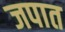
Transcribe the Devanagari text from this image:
जपात